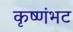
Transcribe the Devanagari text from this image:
कृष्णंभट